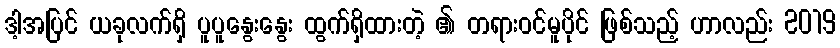
ဒါ့အပြင် ယခုလက်ရှိ ပူပူနွေးနွေး ထွက်ရှိထားတဲ့ ၏ တရားဝင်မူပိုင် ဖြစ်သည့် ဟာလည်း 2019